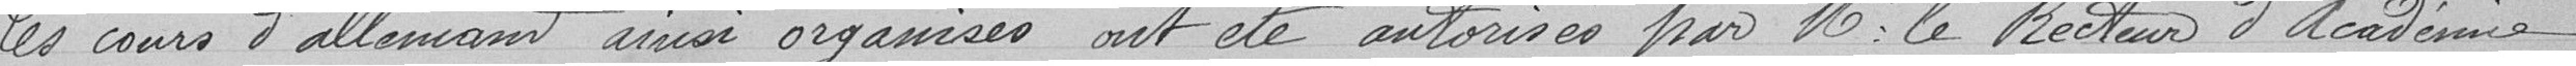
Les cours d'allemand ainsi organisés ont été autorisés par Monsieur le Recteur d'Académie.